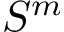
S ^ { m }